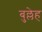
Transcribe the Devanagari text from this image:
बुल्लेह